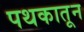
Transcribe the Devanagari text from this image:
पथकातून